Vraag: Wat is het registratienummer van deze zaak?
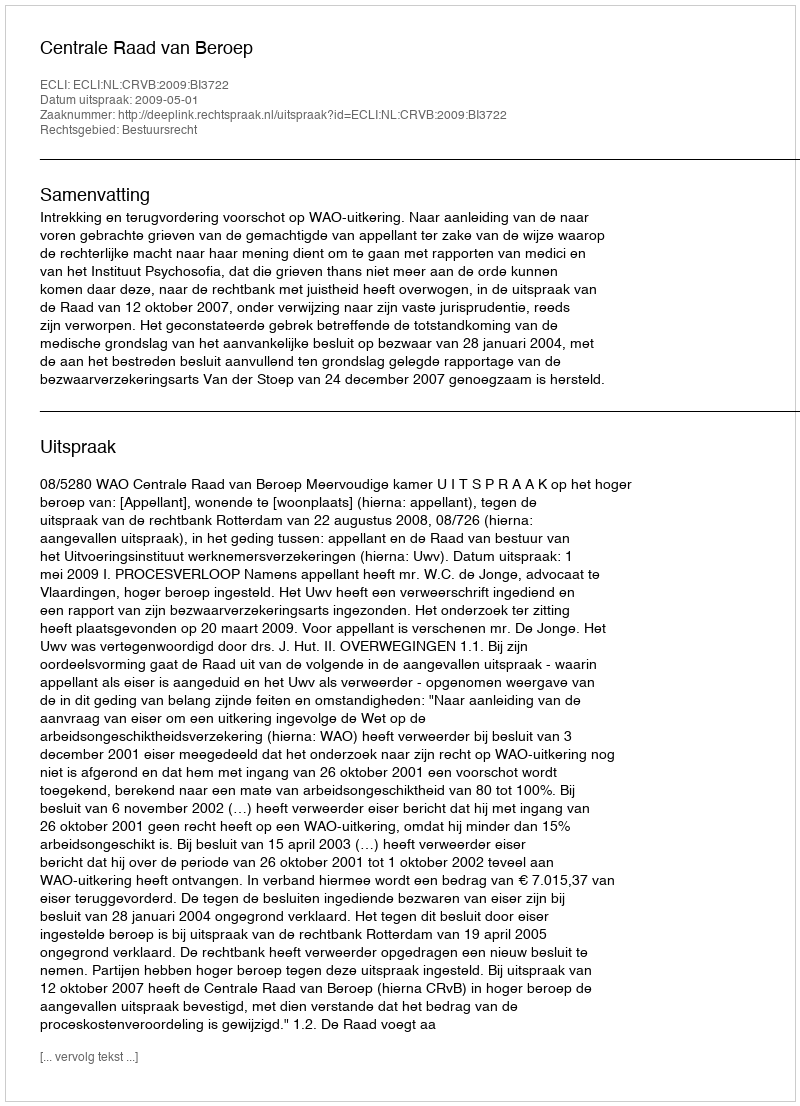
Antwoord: http://deeplink.rechtspraak.nl/uitspraak?id=ECLI:NL:CRVB:2009:BI3722